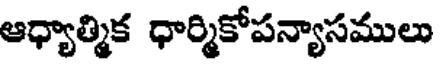
ఆధ్యాత్మిక ధార్మికోపన్యాసములు